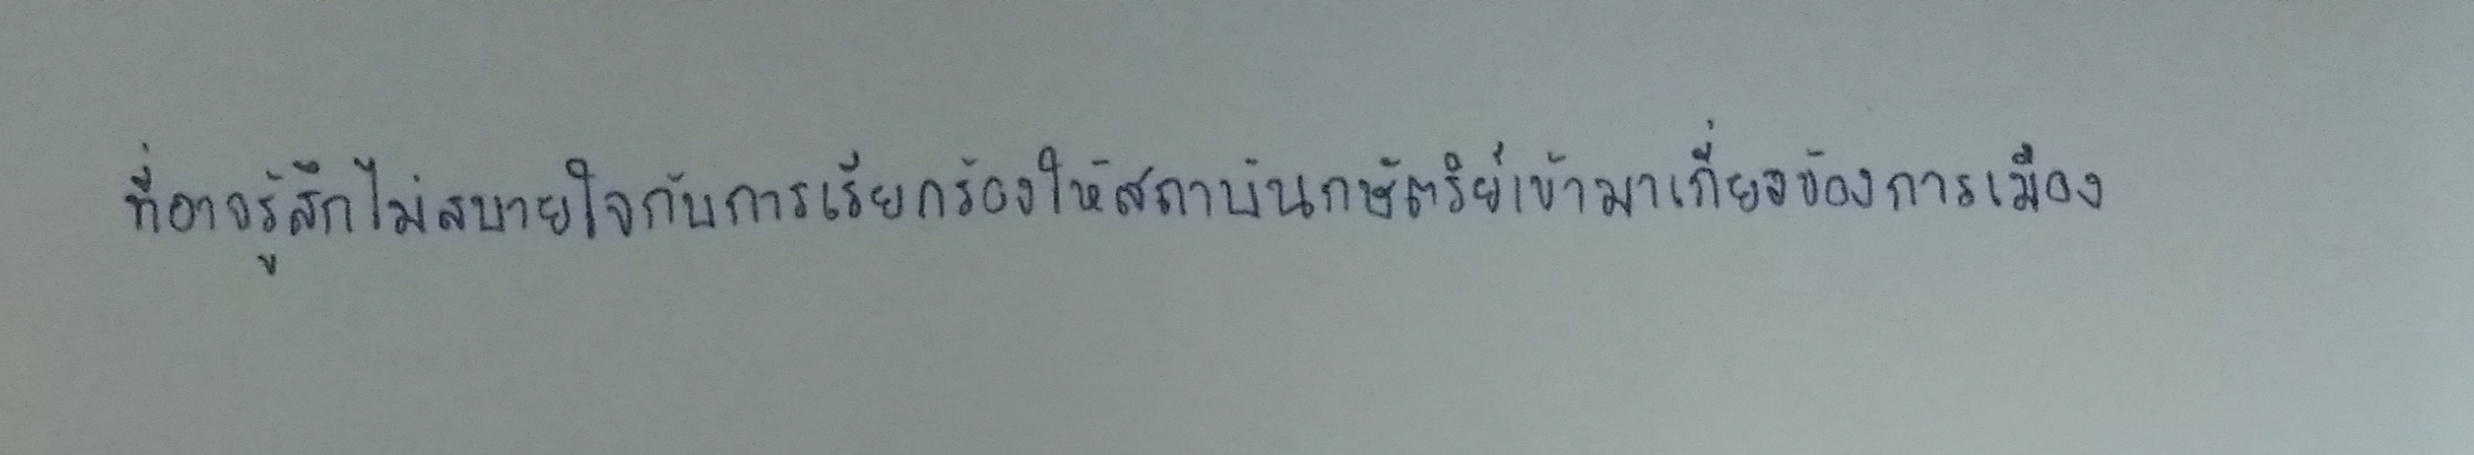
ที่อาจรู้สึกไม่สบายใจกับการเรียกร้องให้สถาบันกษัตริย์เข้ามาเกี่ยวข้องกับการเมือง